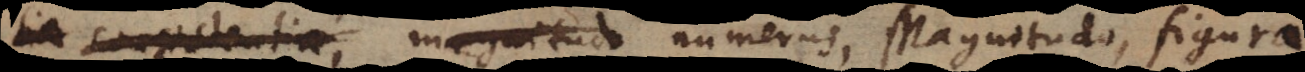
tia consistentia, magnitudo numerus, Magnitudo, figura,